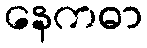
နေကဓာ